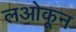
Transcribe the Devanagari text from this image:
लओकून